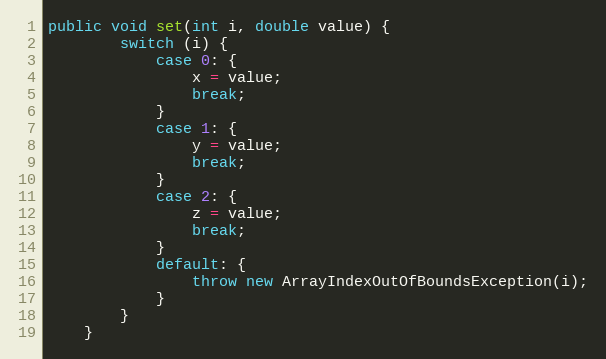
Language: Java
public void set(int i, double value) {
        switch (i) {
            case 0: {
                x = value;
                break;
            }
            case 1: {
                y = value;
                break;
            }
            case 2: {
                z = value;
                break;
            }
            default: {
                throw new ArrayIndexOutOfBoundsException(i);
            }
        }
    }